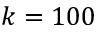
k = 1 0 0